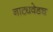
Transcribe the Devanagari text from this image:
नाट्यवेडच